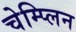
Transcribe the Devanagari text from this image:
चेम्प्लिन